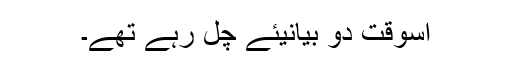
اسوقت دو بیانیئے چل رہے تھے۔